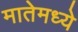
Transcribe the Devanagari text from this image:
मातेमध्ये